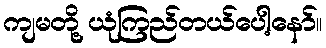
ကျမတို့ ယုံကြည်တယ်ပေါ့နော်။